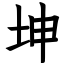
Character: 坤